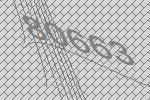
80663